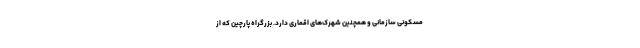
مسکونی سازمانی و همچنین شهرک‌های اقماری دارد. بزرگراه پارچین که از